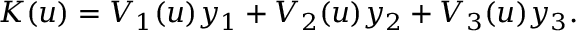
K ( u ) = V _ { 1 } ( u ) y _ { 1 } + V _ { 2 } ( u ) y _ { 2 } + V _ { 3 } ( u ) y _ { 3 } .